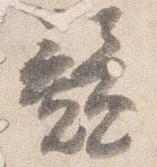
競